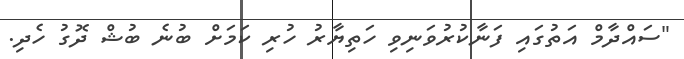
"ސައްދާމް އަތުގައި ފަނާކުރުވަނިވި ހަތިޔާރު ހުރި ކަމަށް ބުނެ ބުޝް ދޮގު ހެދި.